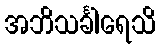
အဘိသင်္ခါရေသိ